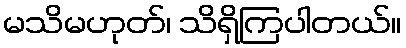
မသိမဟုတ်၊ သိရှိကြပါတယ်။